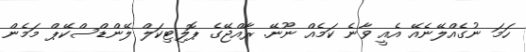
ހަމަ ނުގެއްލޭނެއޭ އެއީ ވާނެ ކަމެއް ނޫނޭ. ރާއްޖޭގެ ޕޮލިޓިކަލް ލޭންޑްސްކޭޕް މަމެން